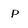
Character: p